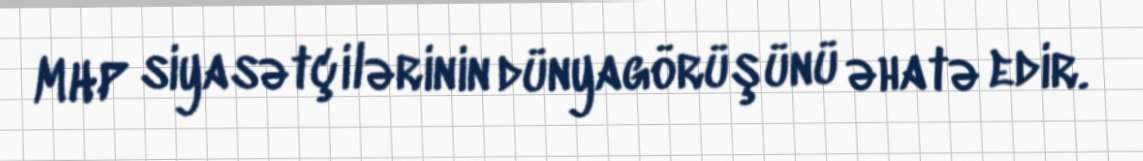
MHP siyasətçilərinin dünyagörüşünü əhatə edir.